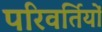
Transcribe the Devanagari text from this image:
परिवर्तियों